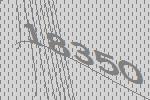
18350